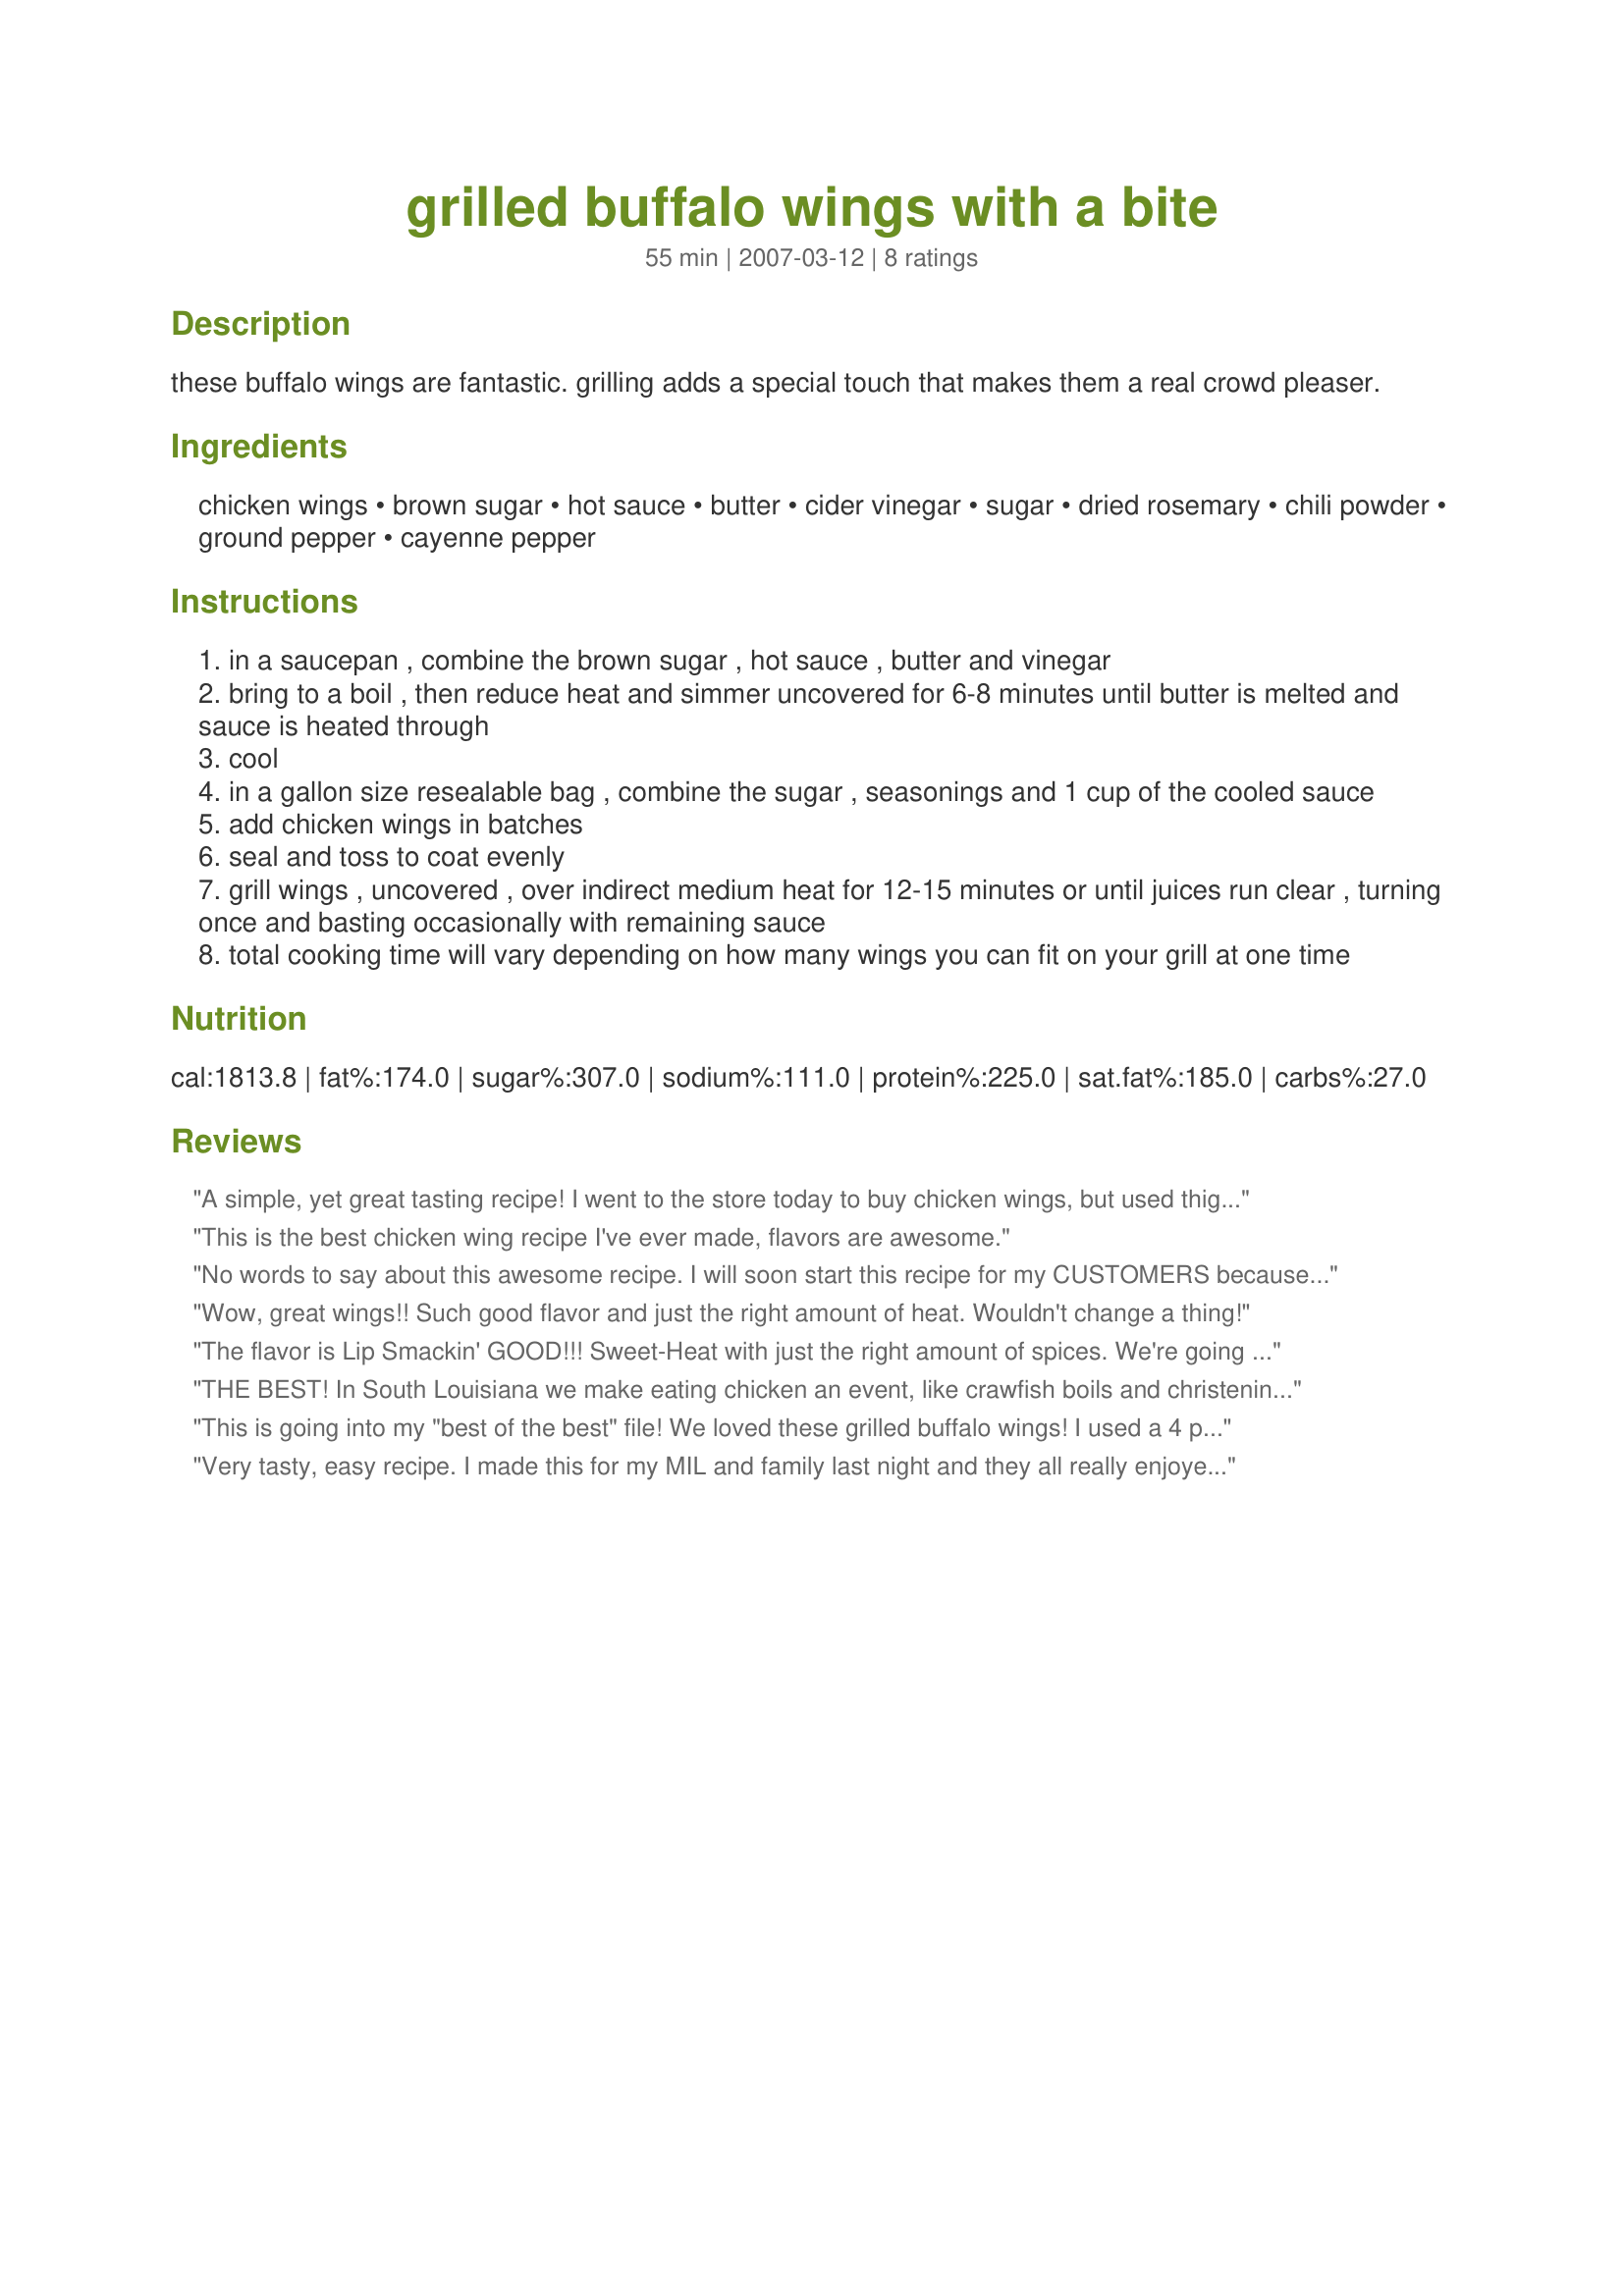
grilled buffalo wings with a bite
Preparation time: 55 minutes

these buffalo wings are fantastic. grilling adds a special touch that makes them a real crowd pleaser.

Ingredients:
chicken wings, brown sugar, hot sauce, butter, cider vinegar, sugar, dried rosemary, chili powder, ground pepper, cayenne pepper

Steps:
in a saucepan , combine the brown sugar , hot sauce , butter and vinegar
bring to a boil , then reduce heat and simmer uncovered for 6-8 minutes until butter is melted and sauce is heated through
cool
in a gallon size resealable bag , combine the sugar , seasonings and 1 cup of the cooled sauce
add chicken wings in batches
seal and toss to coat evenly
grill wings , uncovered , over indirect medium heat for 12-15 minutes or until juices run clear , turning once and basting occasionally with remaining sauce
total cooking time will vary depending on how many wings you can fit on your grill at one time

Reviews:
A simple, yet great tasting recipe! I went to the store today to buy chicken wings, but used thighs and drumsticks since they were so much cheaper this time! Thanks, ChefBuggsyMate! Made for Aussie New Zealand Recipe Swap.
This is the best chicken wing recipe I've ever made, flavors are awesome.
No words to say about this awesome recipe. I will soon start this recipe for my CUSTOMERS because i tried this and this is very spicy and i am sure that people will love this.
Wow, great wings!! Such good flavor and just the right amount of heat. Wouldn't change a thing!
The flavor is Lip Smackin' GOOD!!! Sweet-Heat with just the right amount of spices. We're going to try it on pulled pork ...
THE BEST! In South Louisiana we make eating chicken an event, like crawfish boils and christenings. That's another 'southernism' and chef #129958 taught me that word. Made for A-NZ #40 Tag.
This is going into my "best of the best" file! We loved these grilled buffalo wings! I used a 4 pound bag of chicken wings and then halved the sauce recipe. I used just a tiny bit less cayenne pepper (about 3/4 of a tablespoon for half the sauce recipe) and thought it was perfect. Easy recipe with fabulous results. This will be our go-to wing recipe for the summer months. Thanks!
Very tasty, easy recipe. I made this for my MIL and family last night and they all really enjoyed it. I DID have to make my own chili powder as i couldnt locate it until AFTER I made the dinner, and may have been a little heavy handed with my spices, but we quite enjoyed this combination of flavors and will definitely repeat them. Not too spicy (even with my heavier hand) as my 5 year old ate them and my 78 yr old MIL! Thanks for posting. Made and enjoyed for Aug Aussie Recipe Swap
